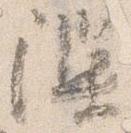
隙